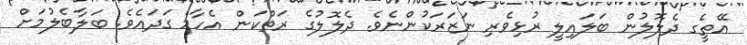
އޭތީގެ ދެލޮލުން ބަލައިލީ ރުޅިވެރި ނަޒަރަކުންނެވެ. ދެލޮލުގެ ރަތްކަން އެހާމެ ގަދައެވެ. ބަލާބެލުމަށް